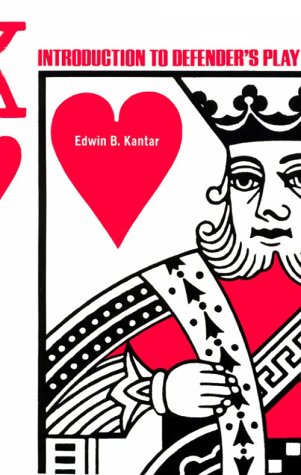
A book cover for Introduction to Defender's Play; Edwin B. Kantar; Humor & Entertainment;